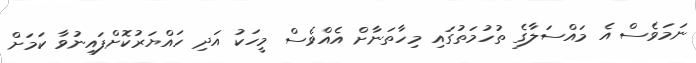
ނަމަވެސް އެ މައްސަލާގެ ތުހުމަތުގައި މިހާތަނާށް އެއްވެސް މީހަކު އަދި ހައްޔަރުކޮށްފައިނުވާ ކަމަށް